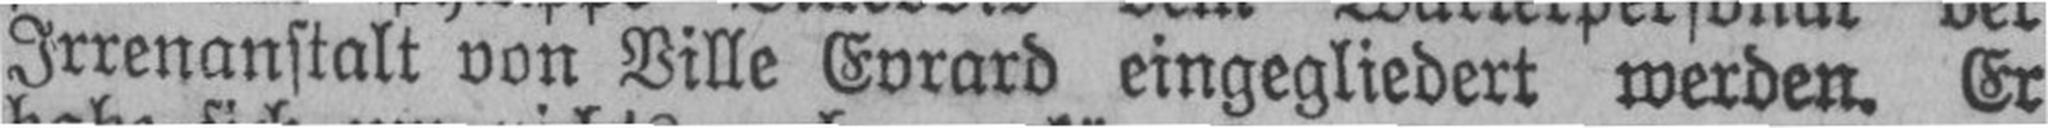
Irrenanstalt von Ville Evrard eingegliedert werden. Er